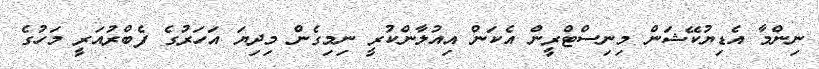
ނިންމާ އެޑިޔުކޭޝަން މިނިސްޓްރީން އެކަން އިއުލާންކުރީ ނިމިގެން މިދިޔަ އަހަރުގެ ފެބްރުއަރީ މަހުގެ